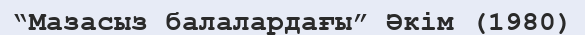
“Мазасыз балалардағы” Әкім (1980)